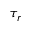
\tau _ { r }